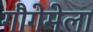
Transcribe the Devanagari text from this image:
गौगेमेला